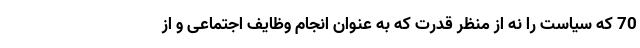
70 که سیاست را نه از منظر قدرت که به عنوان انجام وظایف اجتماعی و از